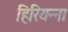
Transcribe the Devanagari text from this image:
हिरियन्ना